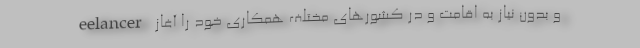
eelancer و بدون نیاز به اقامت و در کشورهای مختلف همکاری خود را آغاز